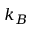
k _ { B }